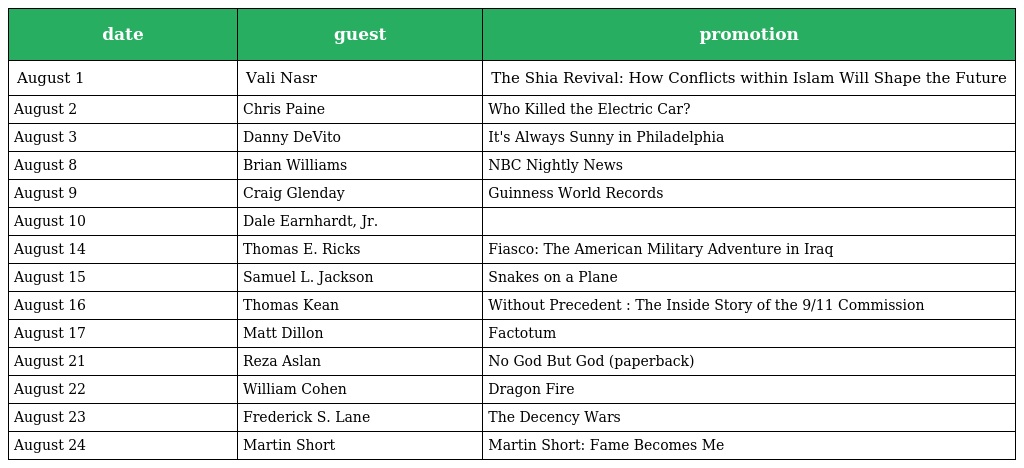
| date | guest | promotion |
 | --- | --- | --- |
 | August 1 | Vali Nasr | The Shia Revival: How Conflicts within Islam Will Shape the Future |
 | August 2 | Chris Paine | Who Killed the Electric Car? |
 | August 3 | Danny DeVito | It's Always Sunny in Philadelphia |
 | August 8 | Brian Williams | NBC Nightly News |
 | August 9 | Craig Glenday | Guinness World Records |
 | August 10 | Dale Earnhardt, Jr. |  |
 | August 14 | Thomas E. Ricks | Fiasco: The American Military Adventure in Iraq |
 | August 15 | Samuel L. Jackson | Snakes on a Plane |
 | August 16 | Thomas Kean | Without Precedent : The Inside Story of the 9/11 Commission |
 | August 17 | Matt Dillon | Factotum |
 | August 21 | Reza Aslan | No God But God (paperback) |
 | August 22 | William Cohen | Dragon Fire |
 | August 23 | Frederick S. Lane | The Decency Wars |
 | August 24 | Martin Short | Martin Short: Fame Becomes Me |